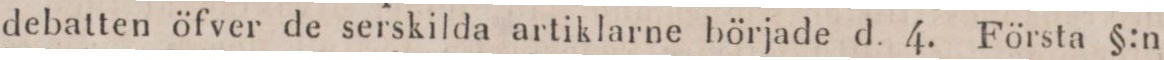
debatten öfver de serskilda artiklarne började d. 4. Första §:n